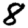
Digit: 8